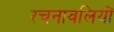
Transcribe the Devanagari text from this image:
रचनावलियों